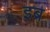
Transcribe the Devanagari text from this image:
इब्र